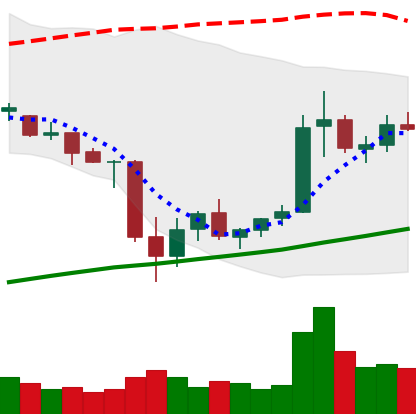
Ticker: ETC-USD
Chart end date: 2021-07-04
Forward return: -10.894%
Label: down_7plus